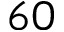
6 0